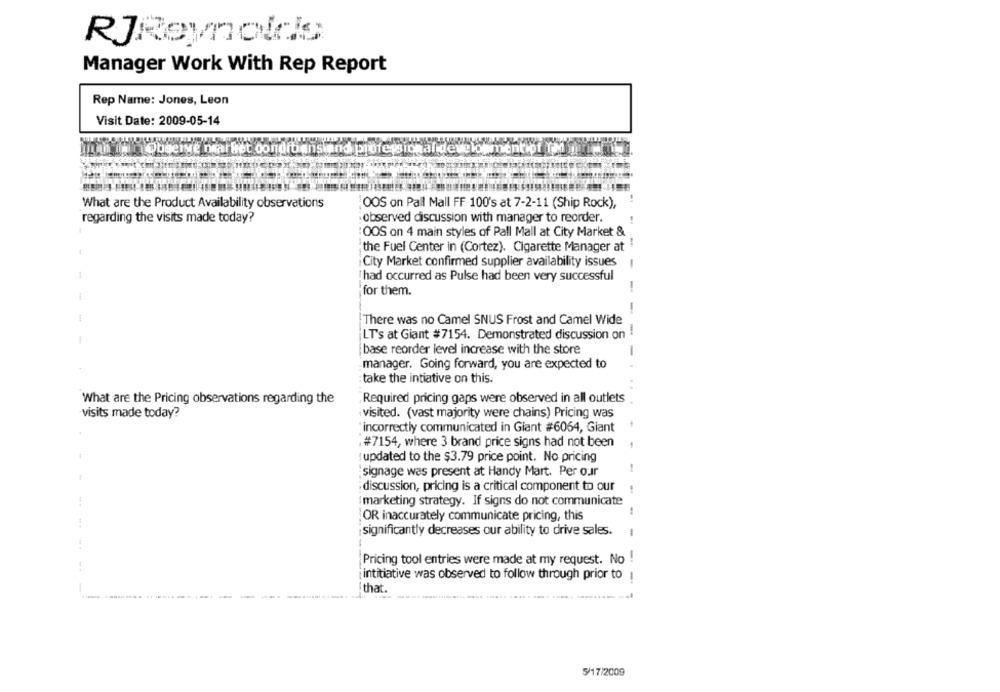
RJReynolds
Manager Work With Rep Report
Rep Name: Jones, Leon
Visit Date: 2009-05-14
ihad istObserve naarhet oondibansind
What are the Product Availability observations
:OOS on Pall Mall FF 100's at 7-2-11 (Ship Rock),
regarding the visits made today?
:observed discussion with manager to reorder.
OOS on 4 main styles of Pall Mall at City Market &
the Fuel Center in (Cortez). Cigarette Manager at
City Market confirmed supplier availability issues
had occurred as Pulse had been very successful
for them.
-
There was no Camel SNUS Frost and Camel Wide
-
LT's at Giant #7154. Demonstrated discussion on
base reorder level increase with the store
-
manager. Going forward, you are expected to
take the intiative on this.
What are the Pricing observations regarding the
"Required pricing gaps were observed in all outlets
visits made today?
visited. (vast majority were chains) Pricing was
"incorrectly communicated in Giant #6064, Giant
. #7154, where 3 brand price signs had not been
:updated to the $3.79 price point. No pricing
-
:signage was present at Handy Mart. Per our
:discussion, pricing is a critical component to our
marketing strategy. If signs do not communicate
OR inaccurately communicate pricing, this
¡significantly decreases our ability to drive sales.
-
Pricing tool entries were made at my request. No !
intitiative was observed to follow through prior to :
that.
5/17/2009